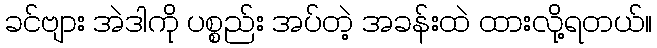
ခင်ဗျား အဲဒါကို ပစ္စည်း အပ်တဲ့ အခန်းထဲ ထားလို့ရတယ်။